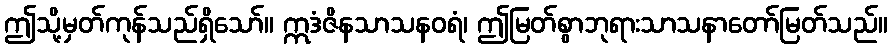
ဤသို့မှတ်ကုန်သည်ရှိသော်။ ဣဒံဇိနသာသနဝရံ၊ ဤမြတ်စွာဘုရားသာသနာတော်မြတ်သည်။